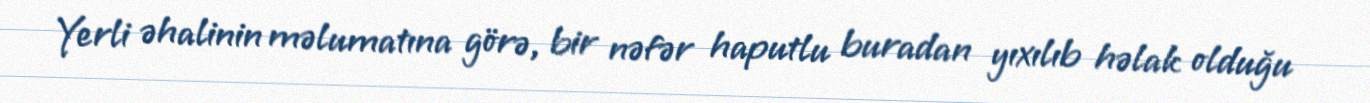
Yerli əhalinin məlumatına görə, bir nəfər haputlu buradan yıxılıb həlak olduğu